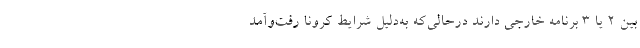
بین 2 یا 3 برنامه خارجی دارند درحالی‌که به‌دلیل شرایط کرونا رفت‌وآمد